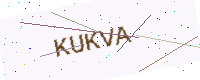
Text: KUKVA